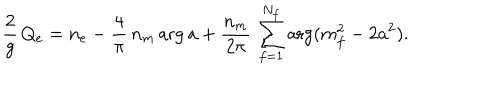
{ \frac { 2 } { g } } \, Q _ { e } = n _ { e } - { \frac { 4 } { \pi } } \, n _ { m } \arg a + { \frac { n _ { m } } { 2 \pi } } \, \sum _ { f = 1 } ^ { N _ { f } } \arg ( m _ { f } ^ { 2 } - 2 a ^ { 2 } ) .